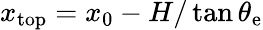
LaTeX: x_{\mathrm{{top}}}=x_{0}-H/\tan\theta_{\mathrm{{e}}}